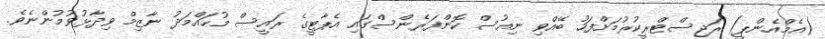
(އެމްއެންޕީ) ރަޖިސްޓްރީކުރުމަށްފަހު ބޭއްވި ނިއުސް ކޮންފަރެންސްގައި އެޕާޓީގެ ރައީސް މުހައްމަދު ނާޒިމް ވިދާޅުވުމުންނެވެ.